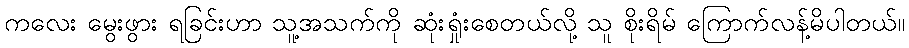
ကလေး မွေးဖွား ရခြင်းဟာ သူ့အသက်ကို ဆုံးရှုံးစေတယ်လို့ သူ စိုးရိမ် ကြောက်လန့်မိပါတယ်။